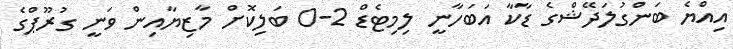
އިއްޔެ ބަންގުލަދޭޝްގެ ޑާކާ އަބަހާނީ ލިމިޓެޑް 2-0 ބަލިކޮށް މާޒިޔާއިން ވަނީ ގުރޫޕްގެ